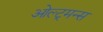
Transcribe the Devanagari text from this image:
ओल्ट्मन्स